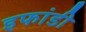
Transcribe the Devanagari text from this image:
इफांडी